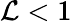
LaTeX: \mathcal{L}<1